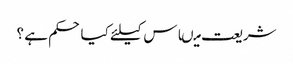
شریعت میںاس کیلئے کیا حکم ہے ؟